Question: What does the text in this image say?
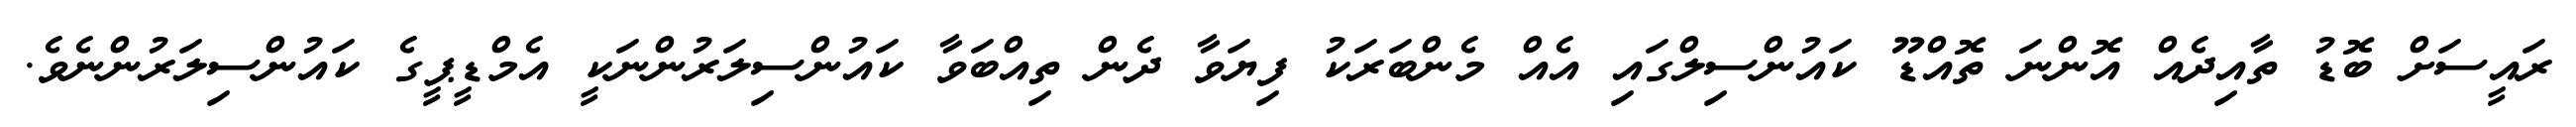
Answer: ރައީސަށް ބޮޑު ތާއިދެއް އޮންނަ ތޮއްޑޫ ކައުންސިލްގައި އެއް މެންބަރަކު ފިޔަވާ ދެން ތިއްބަވާ ކައުންސިލަރުންނަކީ އެމްޑީޕީގެ ކައުންސިލަރުންނެވެ.